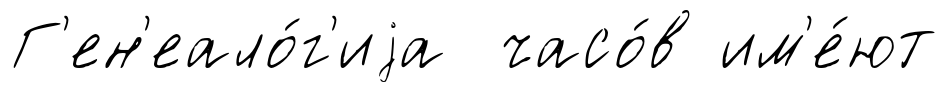
Г'ен'еало́г'иjа часо́в им'е́ют